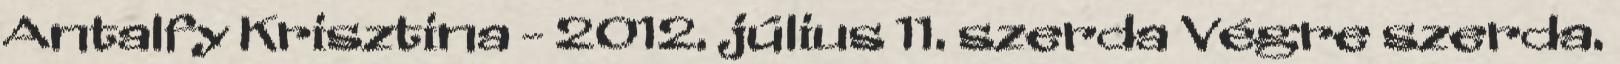
Antalfy Krisztina - 2012. július 11. szerda Végre szerda.